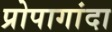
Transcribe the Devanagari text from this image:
प्रोपागांदा